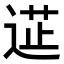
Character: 𮞟